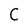
Character: C